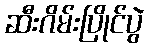
ဆီးဂိမ်းပြိုင်ပွဲ